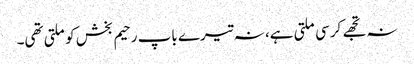
نہ تجھے کرسی ملتی ہے، نہ تیرے باپ رحیم بخش کو ملتی تھی۔